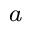
\footnote { A l l t h e p a r a m e t e r s a r e e m p i r i c a l l y d e t e r m i n e d u s i n g t h e g e n e r a l w o r k f l o w , w h e r e t h e t r a i n i n g s t a r t s w i t h r e l a t i v e l y s m a l l v a l u e s a n d i n c r e a s e s t h e v a l u e s u n t i l t h e l e a r n i n g p e r f o r m a n c e c a n n o t b e f u r t h e r i m p r o v e d . }